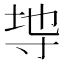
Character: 𭔭